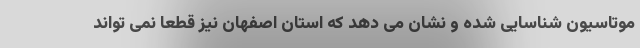
موتاسیون شناسایی شده و نشان می دهد که استان اصفهان نیز قطعا نمی تواند